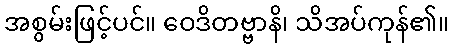
အစွမ်းဖြင့်ပင်။ ဝေဒိတဗ္ဗာနိ၊ သိအပ်ကုန်၏။